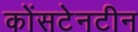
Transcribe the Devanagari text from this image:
कोंसटेनटीन